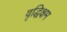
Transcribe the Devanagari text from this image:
वृद्धिक्षम